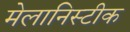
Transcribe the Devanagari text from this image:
मेलानिस्टीक